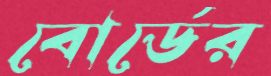
বোর্ডের